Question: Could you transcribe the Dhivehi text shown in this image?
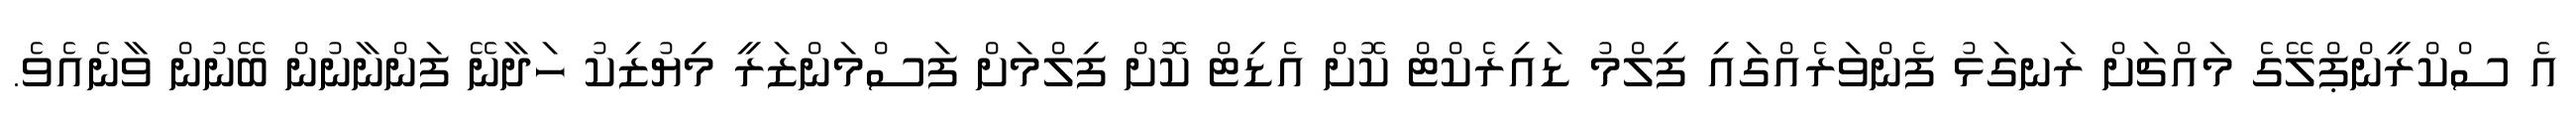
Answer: އެ ސްކްރީންޕްލޭގެ މައްޗަށް ރަނގަޅު ފެންވަރެއްގައި ފިލްމު ޑައިރެކްޓް ކޮށް އެޑިޓް ކޮށް ފިލްމަށް ފަސްމަންޒަރީ މިޔުޒިކު ހަދާނޭ ފަންނާނުން ބޭނުން ވާނެއެވެ.